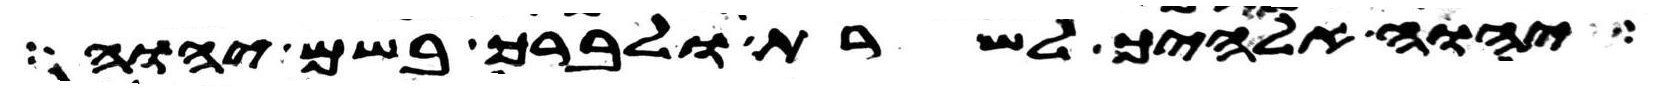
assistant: יהוה אלהיך לשרת ולברך בשם יהוה